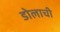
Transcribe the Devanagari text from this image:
डोलाची